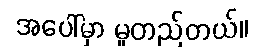
အပေါ်မှာ မူတည်တယ်။